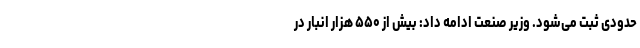
حدودی ثبت می‌شود. وزیر صنعت ادامه داد:‌ بیش از ۵۵۰ هزار انبار در